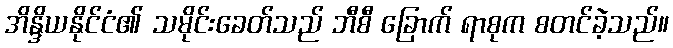
အိန္ဒိယနိုင်ငံ၏ သမိုင်းခေတ်သည် ဘီစီ ခြောက် ရာစုက စတင်ခဲ့သည်။